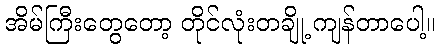
အိမ်ကြီးတွေတော့ တိုင်လုံးတချို့ ကျန်တာပေါ့။